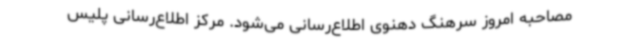
مصاحبه امروز سرهنگ دهنوی اطلاع‌رسانی می‌شود. مرکز اطلاع‌رسانی پلیس